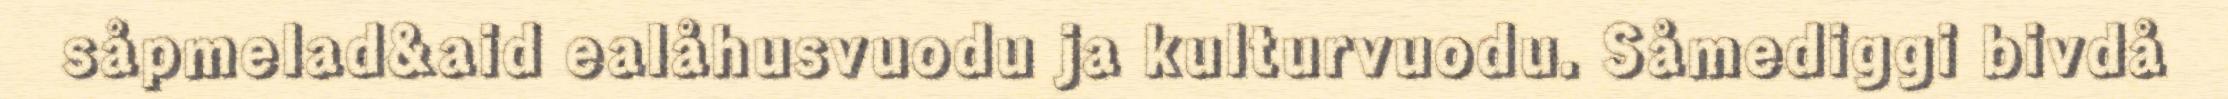
såpmelad&aid ealåhusvuodu ja kulturvuodu. Såmediggi bivdå